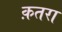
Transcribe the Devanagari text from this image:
क़तरा